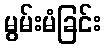
မွမ်းမံခြင်း